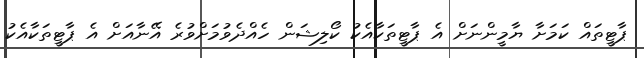
ޕާޓީތައް ކަމަށާ ޔާމީންނަށް އެ ޕާޓީތަކާއެކު ކޯލިޝަން ހެއްދެވުމަށްވުރެ އޭނާއަށް އެ ޕާޓީތަކާއެކު